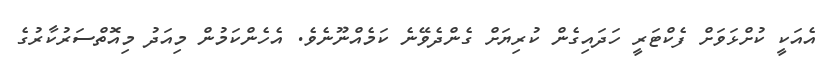
އެއަކީ ކުށްޅަވަށް ފެކްޓަރީ ހަދައިގެން ކުރިޔަށް ގެންދެވޭނެ ކަމެއްނޫނެވެ. އެހެންކަމުން މިއަދު މިއޮތްސަރުކާރުގެ